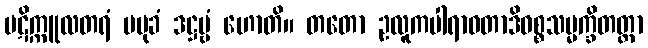
ပဋိက္ကူလတရံ ပမုခံ ဒဋ္ဌဗ္ဗံ ဟောတိ။ တတော ဥလူကပါရာဝတာဒိဝစ္စသမ္မက္ခိတတ္တာ